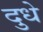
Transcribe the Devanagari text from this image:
दुधे